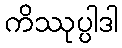
ကိဿုပ္ပါဒါ